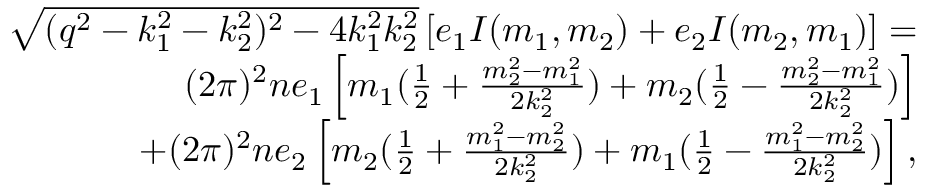
\begin{array} { r l r } & { } & { \sqrt { ( q ^ { 2 } - k _ { 1 } ^ { 2 } - k _ { 2 } ^ { 2 } ) ^ { 2 } - 4 k _ { 1 } ^ { 2 } k _ { 2 } ^ { 2 } } \left[ e _ { 1 } I ( m _ { 1 } , m _ { 2 } ) + e _ { 2 } I ( m _ { 2 } , m _ { 1 } ) \right] = } \\ & { } & { ( 2 \pi ) ^ { 2 } n e _ { 1 } \left[ m _ { 1 } ( \frac { 1 } { 2 } + \frac { m _ { 2 } ^ { 2 } - m _ { 1 } ^ { 2 } } { 2 k _ { 2 } ^ { 2 } } ) + m _ { 2 } ( \frac { 1 } { 2 } - \frac { m _ { 2 } ^ { 2 } - m _ { 1 } ^ { 2 } } { 2 k _ { 2 } ^ { 2 } } ) \right] } \\ & { } & { + ( 2 \pi ) ^ { 2 } n e _ { 2 } \left[ m _ { 2 } ( \frac { 1 } { 2 } + \frac { m _ { 1 } ^ { 2 } - m _ { 2 } ^ { 2 } } { 2 k _ { 2 } ^ { 2 } } ) + m _ { 1 } ( \frac { 1 } { 2 } - \frac { m _ { 1 } ^ { 2 } - m _ { 2 } ^ { 2 } } { 2 k _ { 2 } ^ { 2 } } ) \right] , } \end{array}